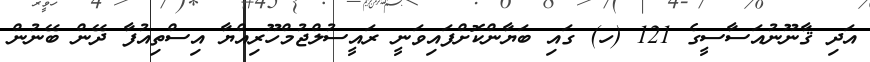
އަދި ޤާނޫނުއަސާސީގެ 121 (ހ) ގައި ބަޔާންކޮށްފައިވަނީ ރައީސުލްޖުމްހޫރިއްޔާ އިސްތިއުފާ ދޭން ބޭނުން